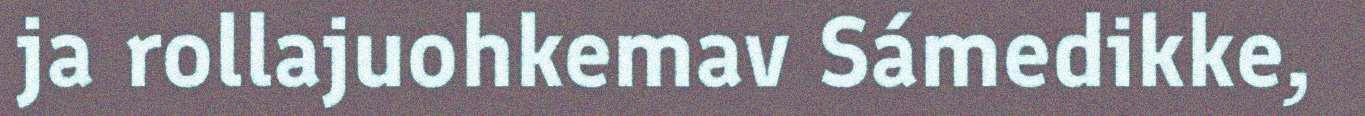
ja rollajuohkemav Sámedikke,